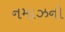
નમાઝનો